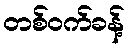
တစ်ဝက်ခန့်